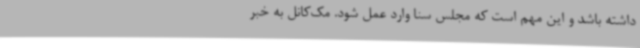
داشته باشد و این مهم است که مجلس سنا وارد عمل شود. مک‌کانل به خبر